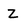
Character: z